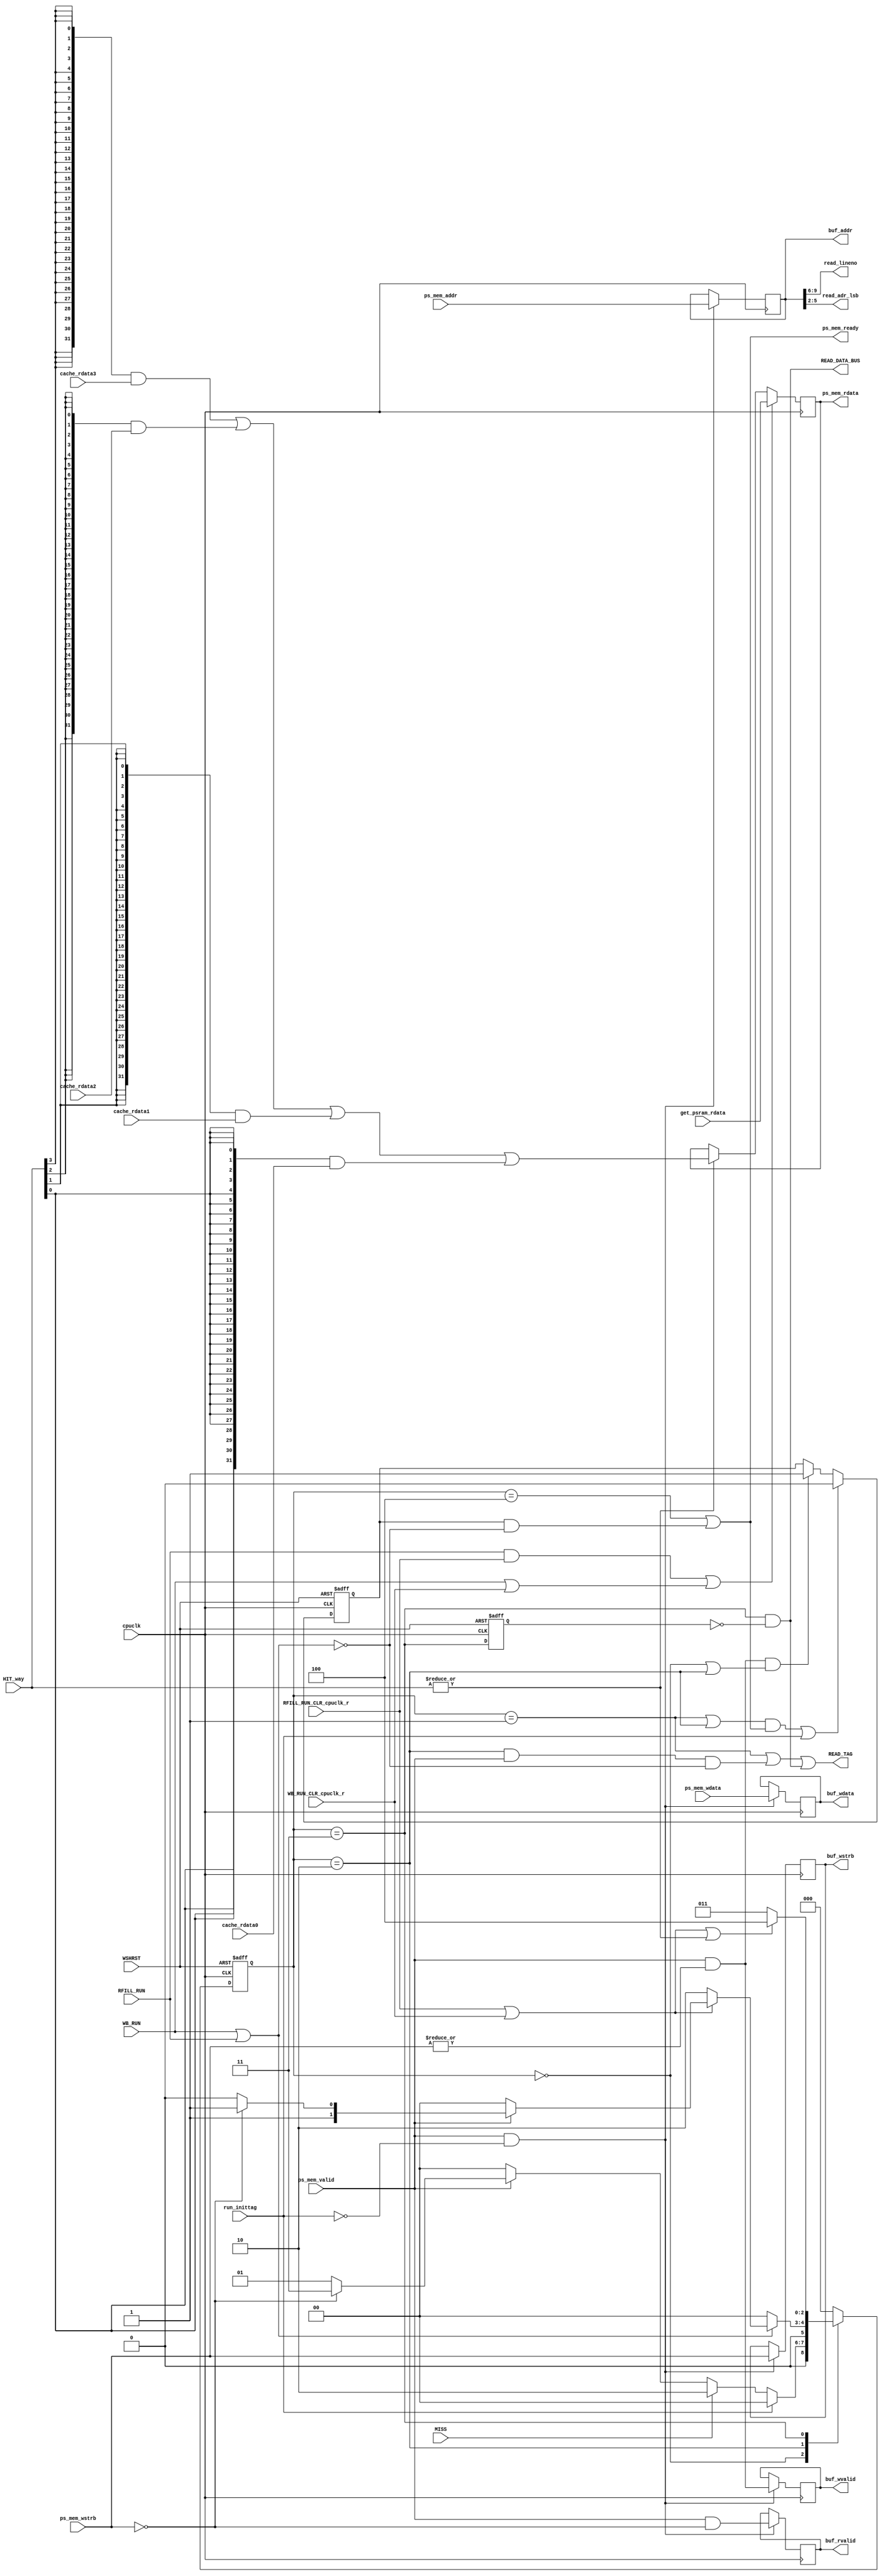
`timescale 1ns/1ps
// WISH_BORN  <-> PSRAM bridge
// cache 
// cache 
//   4way
//   64byte/line
//   16line/way
//   width 32bit
// -> 4*16*64byte = 4096byte
// 22   10| 9     6|5   0
// tag_adr|lineno  | 64byte
//
//
module brd_wb2ps_wc_enter #
(
    parameter integer BURST_RNUM = 8
)
(
    // System Signals
    input WSHRST,
    input cpuclk,       // wishbone clk

    // PSRAM IF
    // cpuclk domain
    input wire [22:0]   ps_mem_addr,
    input wire [31:0]   ps_mem_wdata,
    output reg [31:0]   ps_mem_rdata,
    input wire [3:0]    ps_mem_wstrb,
    input wire          ps_mem_valid,
    output wire         ps_mem_ready,

    // cache
    output reg [22:0]   buf_addr,
    output reg          buf_wvalid,
    output reg          buf_rvalid,
    output reg [31:0]   buf_wdata,
    output reg [3:0]    buf_wstrb,
    
    
    // TAG/DATA read ctl
    // 4way
    output wire         READ_TAG,
    output wire [9:6]   read_lineno,
    output wire         READ_DATA_BUS,  // bus
    output wire [5:2]   read_adr_lsb,
    
    // tag
    input              run_inittag,

    // cache 
    input               MISS,
    input [3:0]         HIT_way,
    input               WB_RUN,
    input               WB_RUN_CLR_cpuclk_r,
    input               RFILL_RUN,
    input               RFILL_RUN_CLR_cpuclk_r,
    
    //  read fill
    input wire [31:0]   get_psram_rdata,
    // read hitcache data
    input wire [31:0]   cache_rdata0,
    input wire [31:0]   cache_rdata1,
    input wire [31:0]   cache_rdata2,
    input wire [31:0]   cache_rdata3
    

);

// ---------------------------------
// 
// ---------------------------------
reg [2:0]   state;
reg [2:0]   next_state;
reg         pre_ps_mem_ready;
reg         S3ack_2;

// ---------------------------------
// wbuf ()
// ---------------------------------
always@(posedge cpuclk)
    if(ps_mem_valid & (~run_inittag)) begin
        buf_addr <= ps_mem_addr;
        buf_wvalid <= ps_mem_valid & (|ps_mem_wstrb);
        buf_rvalid <= ps_mem_valid & (ps_mem_wstrb==4'h0);
        buf_wstrb <= ps_mem_wstrb;
        buf_wdata <= ps_mem_wdata;
        
    end

// ---------------------------------
// bus state
// ---------------------------------
// ---------------------------------
// state machine
// ---------------------------------
parameter   S0  = 3'h0,
            S1  = 3'h1,
            S2  = 3'h2,
            S3  = 3'h3,
            S4  = 3'h4,
            S5  = 3'h5,
            S6  = 3'h6,
            S7  = 3'h7;
            
wire        S0ack=(state==S0);
wire        S1ack=(state==S1);
wire        S2ack=(state==S2);
wire        S3ack=(state==S3);
wire        S4ack=(state==S4);
wire        start_S3ack = S3ack & (~S3ack_2);

always@(posedge cpuclk or posedge WSHRST)
    if(WSHRST)
        S3ack_2 <= 1'b0;
    else
        S3ack_2 <= S3ack;
        
always@(posedge cpuclk or posedge WSHRST)
    if(WSHRST)
        state <= 3'h0;
    else
        state <= next_state;


always@* begin
    case (state)
        S0 : if(run_inittag)
                next_state = S0;
             else if(MISS)
                next_state = S2;
             else if(ps_mem_valid) begin
                if(ps_mem_wstrb==4'h0)
                    next_state = S3;
                else
                    next_state = S1;
             end
             else
                next_state = S0;
        S1 : next_state = S0;
/*
        S2 : if(ps_mem_valid&(ps_mem_wstrb==4'h0)) begin
                if(RFILL_RUN_CLR_cpuclk_r|WB_RUN_CLR_cpuclk_r)
                    next_state = S3;
                else
                    next_state = S2;
             end
             else if(WB_RUN|RFILL_RUN)
                next_state = S2;
             else
                next_state = S0;
*/

        S2 : if(WB_RUN|RFILL_RUN) begin
                if(RFILL_RUN_CLR_cpuclk_r|WB_RUN_CLR_cpuclk_r) begin
                    if(ps_mem_valid) begin
                        if(ps_mem_wstrb==4'h0)  // read
                            next_state = S3;
                        else                    // write
                            next_state = S2;
                    end
                    else
                        next_state = S0;
                end
                else
                    next_state = S2;
            end
            else
                next_state = S0;

        S3 : if(RFILL_RUN_CLR_cpuclk_r|WB_RUN_CLR_cpuclk_r|
                (|HIT_way))
                next_state = S4;
             else
                next_state = S3;
        S4 : next_state = S0;
        default : next_state = S0;
    endcase
end

// ---------------------------------
// ready
// ---------------------------------
always@(posedge cpuclk or posedge WSHRST)
    if(WSHRST)
        pre_ps_mem_ready <= 1'b0;
    else if(((S1ack|S2ack)&ps_mem_ready)|run_inittag)
        pre_ps_mem_ready <= 1'b0;
    // reday=0"H"
    // NG
    //else if(~ps_mem_valid&S0ack) // bus
    //    pre_ps_mem_ready <= 1'b1;
    else if(ps_mem_valid&(|ps_mem_wstrb)&(S0ack|S2ack))    // write
        pre_ps_mem_ready <= 1'b1;
    //else    // read
    //    pre_ps_mem_ready <= RFILL_RUN_CLR_f |;

assign ps_mem_ready = S4ack | pre_ps_mem_ready&(~(WB_RUN|RFILL_RUN));

           
// ---------------------------------
// tag 
// ---------------------------------
// READ_TAG (tag ram ren)
// ---------------------------------
//assign READ_TAG = pre_ps_mem_ready&(~(WB_RUN|RFILL_RUN));
assign READ_TAG = (S1ack|(S2ack&ps_mem_valid&(~(WB_RUN|RFILL_RUN)))|
                    start_S3ack
                    );

assign READ_DATA_BUS = start_S3ack;

// ---------------------------------
// read_lineno
// ---------------------------------
assign read_lineno = buf_addr[9:6];

assign read_adr_lsb =  buf_addr[5:2];
// ---------------------------------
// wish bone read data
// ---------------------------------
wire [31:0] sel_cache_rdata =
                {32{HIT_way[3]}}&cache_rdata3 |
                {32{HIT_way[2]}}&cache_rdata2 |
                {32{HIT_way[1]}}&cache_rdata1 |
                {32{HIT_way[0]}}&cache_rdata0 ;
always@(posedge cpuclk)
    if((RFILL_RUN & RFILL_RUN_CLR_cpuclk_r)|
        (WB_RUN|WB_RUN_CLR_cpuclk_r))
        ps_mem_rdata <= get_psram_rdata;
    else if(|HIT_way)
        ps_mem_rdata = sel_cache_rdata;

endmodule